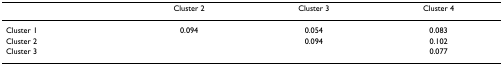
<table><thead><tr><td></td><td><b>Cluster 2</b></td><td><b>Cluster 3</b></td><td><b>Cluster 4</b></td></tr></thead><tbody><tr><td>Cluster 1</td><td>0.094</td><td>0.054</td><td>0.083</td></tr><tr><td>Cluster 2</td><td></td><td>0.094</td><td>0.102</td></tr><tr><td>Cluster 3</td><td></td><td></td><td>0.077</td></tr></tbody></table>